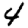
Digit: 4